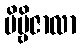
ဗိမ္ဗိဇာလာ